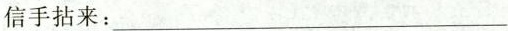
信手拈来:___